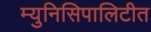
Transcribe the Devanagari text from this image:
म्युनिसिपालिटीत